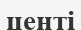
центі